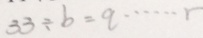
3 3 \div b = q \cdots r